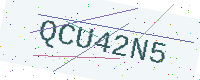
Text: QCU42N5